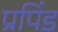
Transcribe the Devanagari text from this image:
प्रपिंड